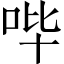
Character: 哔